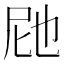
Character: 𭕗